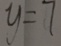
y = 7